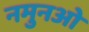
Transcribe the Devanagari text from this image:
नमुनओ